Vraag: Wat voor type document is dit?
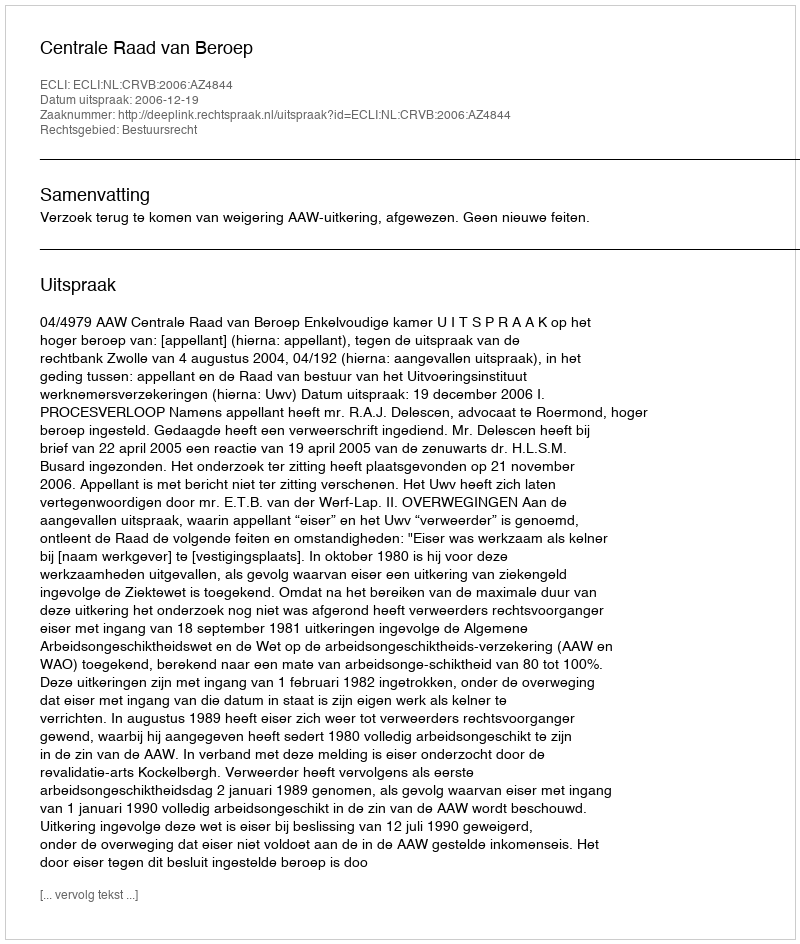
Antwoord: Uitspraak